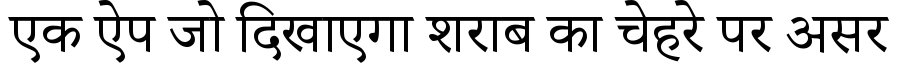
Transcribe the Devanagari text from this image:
एक ऐप जो दिखाएगा शराब का चेहरे पर असर